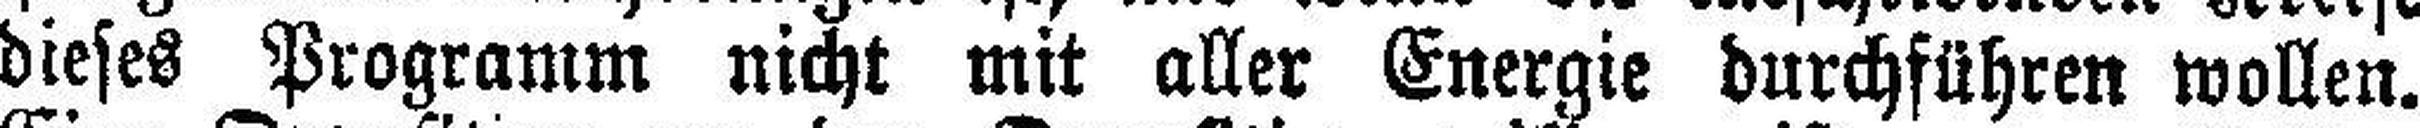
dieses Programm nicht mit aller Energie durchführen wollen.